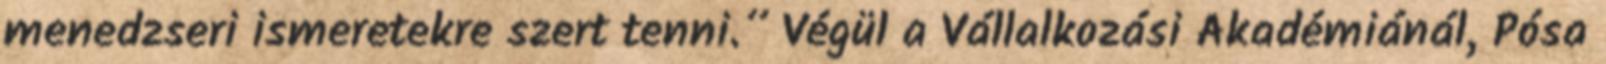
menedzseri ismeretekre szert tenni.” Végül a Vállalkozási Akadémiánál, Pósa